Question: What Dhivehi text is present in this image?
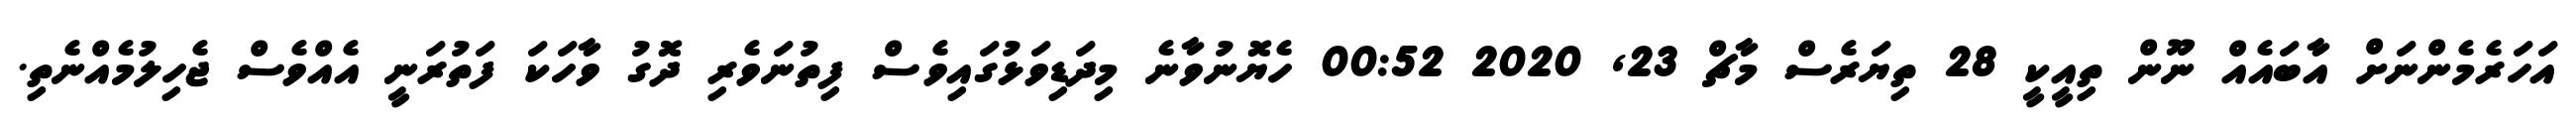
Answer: އަހަރެމެންނަށް އާބައެއް ނޫން ތިއީކީ 28 ތިޔަރެސް މާޗް 23, 2020 00:52 ހެޔޮނުވާނެ މިދަޑިވަޅުގައިވެސް ފިތުނަވެރި ދޮގު ވާހަކަ ފަތުރަނީ އެއްވެސް ޖެހިލުމެއްނެތި.